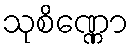
သုစိဏ္ဏော